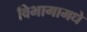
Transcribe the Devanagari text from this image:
विभागामधे